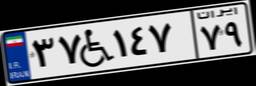
۸۴W۴۹۴۶۸